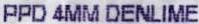
PPD 4MM DENLIME